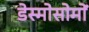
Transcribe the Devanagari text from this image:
डेस्मोसोमों